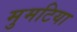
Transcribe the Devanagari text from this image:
मुमटिया